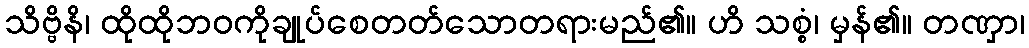
သိဗ္ဗိနိ၊ ထိုထိုဘဝကိုချုပ်စေတတ်သောတရားမည်၏။ ဟိ သစ္စံ၊ မှန်၏။ တဏှာ၊